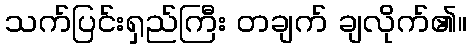
သက်ပြင်းရှည်ကြီး တချက် ချလိုက်၏။